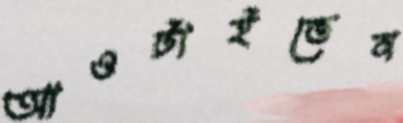
আওটাইতেন